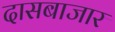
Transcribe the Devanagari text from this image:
दासबाजार